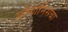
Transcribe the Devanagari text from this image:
सोफोनिसबा